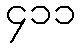
၄၁၁